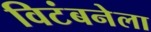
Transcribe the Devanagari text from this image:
विटंबनेला